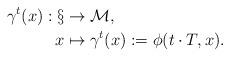
LaTeX: \begin{align*}\gamma^t(x): \S&\rightarrow \mathcal{M}, \\ x&\mapsto \gamma^t(x):= \phi(t\cdot T, x).\end{align*}